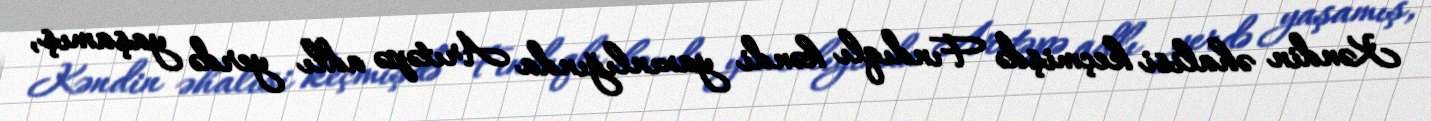
Kəndin əhalisi keçmişdə Fındıqlı kəndi yaxınlığında Arıtəpə adlı yerdə yaşamış,